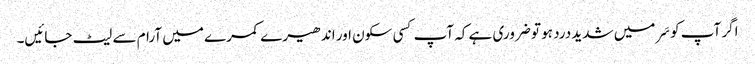
اگر آپ کو سَر میں شدید درد ہو تو ضروری ہے کہ آپ کسی سکون اور اندھیرے کمرے میں آرام سے لیٹ جائیں۔